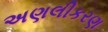
અણલીકરણ